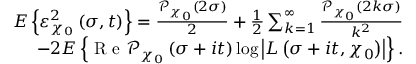
\begin{array} { r } { E \left\{ \varepsilon _ { \chi _ { 0 } } ^ { 2 } \left( \sigma , t \right) \right\} = \frac { \mathcal { P } _ { \chi _ { 0 } } ( 2 \sigma ) } { 2 } + \frac { 1 } { 2 } \sum _ { k = 1 } ^ { \infty } \frac { \mathcal { P } _ { \chi _ { 0 } } ( 2 k \sigma ) } { k ^ { 2 } } } \\ { - 2 E \left\{ \textnormal { R e } \mathcal { P } _ { \chi _ { 0 } } \left( \sigma + i t \right) \log \left| L \left( \sigma + i t , \chi _ { 0 } \right) \right| \right\} . } \end{array}